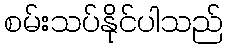
စမ်းသပ်နိုင်ပါသည်